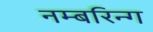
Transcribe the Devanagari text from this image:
नम्बरिन्ग